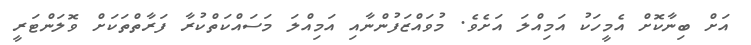
އަށް ބިނާކޮށް އެމީހަކު އަމިއްލަ އަށެވެ. މުވައްޒަފުންނާއި އަމިއްލަ މަސައްކަތްކުރާ ފަރާތްތަކަށް ވޮލަންޓަރީ